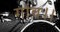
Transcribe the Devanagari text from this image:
गांव।।